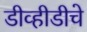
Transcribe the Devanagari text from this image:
डीव्हीडीचे